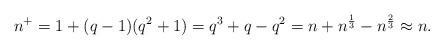
LaTeX: \begin{align*}n^+ = 1 + (q - 1)(q^2 + 1) = q^3 + q - q^2 = n + n^{\frac{1}{3}} - n^{\frac{2}{3}} \approx n.\end{align*}